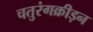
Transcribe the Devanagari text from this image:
चतुरंगक्रीड़न